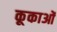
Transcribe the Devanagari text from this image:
कूकाओं